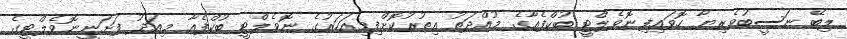
ލިބޭ ނަސީބުވެރިޔާ ހޮވައިފިނޮވެލްޓީ ބުކްފެއާގެ މުއްދަތު އިތުރުކޮށްފިމިއަހަރުގެ ނޮވެލްޓީ ބުކްފެއާ މިއަދު ފަށަނީނޮވެލްޓީގެ